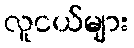
လူငယ်များ